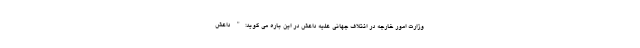
وزارت امور خارجه در ائتلاف جهانی علیه داعش در این باره می گوید:" داعش